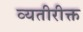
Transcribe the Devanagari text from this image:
व्यतीरीक्त